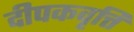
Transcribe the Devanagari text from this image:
दीपकवृत्ति